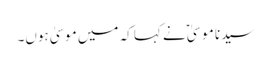
سیدنا موسیٰؑ نے کہا کہ میں موسیٰ ہوں۔